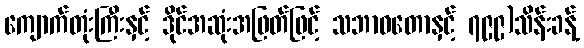
ကျောက်တုံးကြီးနှင့် ဒိုင်အဆုံးအဖြတ်ဖြင့် သဘာဝတောနှင့် ၇၉၉)သိန်းခန့်